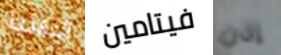
التغذية فيتامين إذن